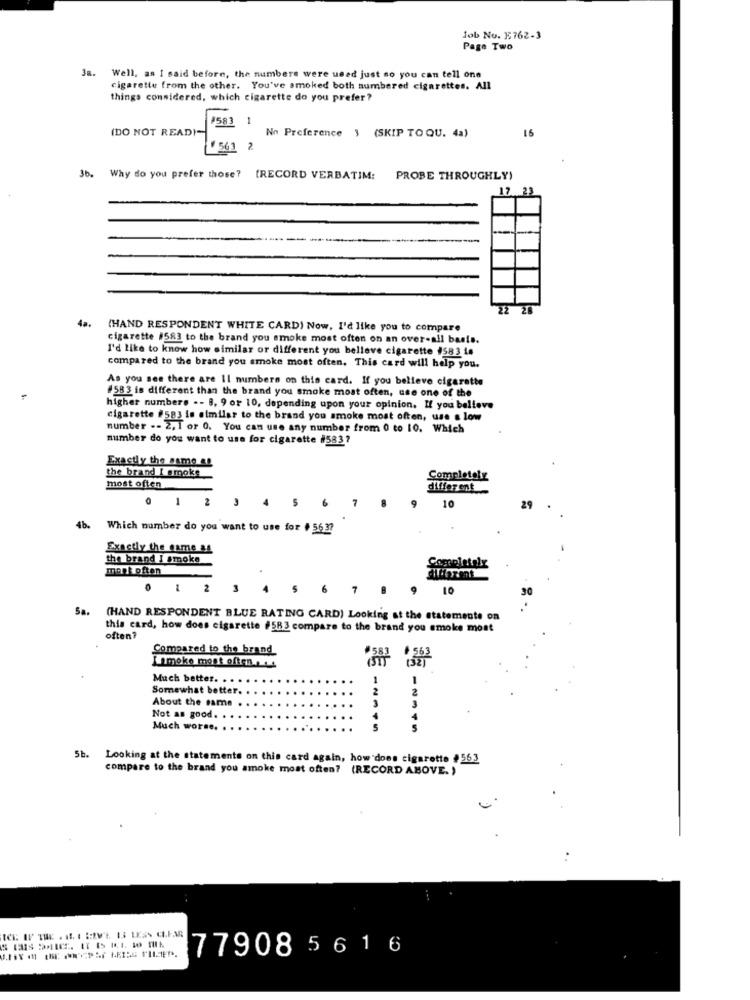
Job No. E762-3
Page Two
Ja. Well, as I said before, the numbers were used just so you can tell one
cigarette from the other. You've smoked both numbered cigarettes. All
things considered, which cigarette do you prefer?
1583
1
(DO NOT READ)=
16
No Preference 3 (SKIP TO QU. 4a)
1569 2
36.
Why do you prefer those? [RECORD VERBATIM: PROBE THROUGHLY)
17. 23
22 28
4a.
(HAND RESPONDENT WHITE CARD) Now, I'd like you to compare
cigarette #583 to the brand you smoke most often on an over-all basis.
I'd like to know how similar or different you believe cigarette #583 is
compared to the brand you smoke most often. This card will help you.
As you see there are Il numbers on this card. If you believe cigarette
#583 is different than the brand you smoke most often, use one of the
higher numbers .- 8, 9 or 10, depending upon your opinion. If you believe
cigarette #583 is similar to the brand you smoke most often, use s low
number -- 2, 1 or 0. You can use any number from 0 to 10. Which
number do you want to use for cigarette #583?
Exactly the same as
the brand I smoke
Completely
most often
different
1
2
10
4 5 6
29
4b.
Which number do you want to use for # 5637
Exactly the same as
the brand I smoke
monk often
Completely
1 2
5
6
7
10
30
Sa.
(HAND RESPONDENT BLUE RATING CARD) Looking at the statemente on
this card, how does cigarette #583 compare to the brand you smoke most
often?
Compared to the brand
moke most often .. .
Much better. . .
Somewhat better.
About the same
2
3
3
Not as good.
4
Much worse.
5b.
Looking at the statements on this card again, how does cigarette #563
compare to the brand you smoke most often? (RECORD ABOVE. )
77908 5 6 16